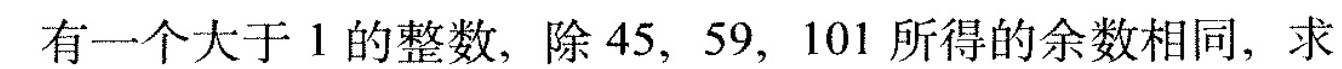
有一个大于1的整数，除45，59，101所得的余数相同，求